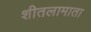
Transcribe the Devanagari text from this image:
शीतलामाता